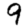
Digit: 9